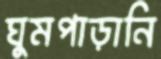
ঘুমপাড়ানি